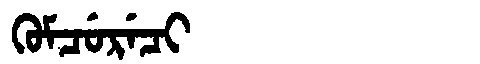
Manchu: ᡴᡠᠮᠴᡠᡵᡝᠴᡳ
Romanization: KUMCURECI